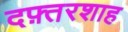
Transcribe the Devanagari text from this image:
दफ़्तरशाह